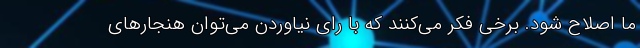
ما اصلاح شود. برخی فکر می‌کنند که با رای نیاوردن می‌توان هنجارهای